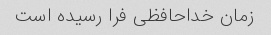
زمان خداحافظی فرا رسیده است